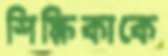
শিক্ষিকাকে